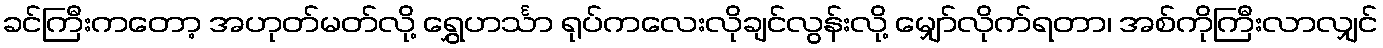
ခင်ကြီးကတော့ အဟုတ်မတ်လို့ ရွှေဟင်္သာ ရုပ်ကလေးလိုချင်လွန်းလို့ မျှော်လိုက်ရတာ၊ အစ်ကိုကြီးလာလျှင်